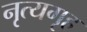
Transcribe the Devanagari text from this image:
नृत्यगृह